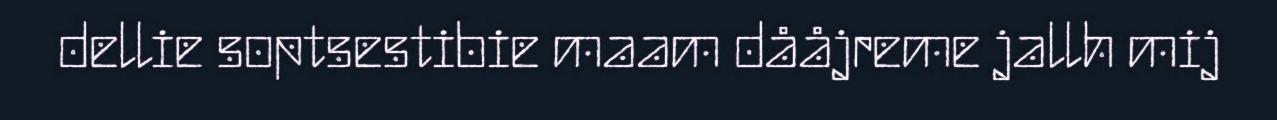
dellie soptsestibie maam dååjreme jallh mij